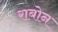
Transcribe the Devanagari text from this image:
राबोन